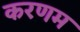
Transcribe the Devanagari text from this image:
करणम